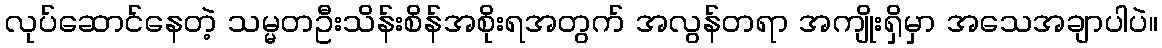
လုပ်ဆောင်နေတဲ့ သမ္မတဦးသိန်းစိန်အစိုးရအတွက် အလွန်တရာ အကျိုးရှိမှာ အသေအချာပါပဲ။